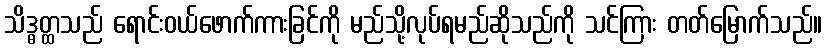
သိဒ္ဓတ္ထသည် ရောင်းဝယ်ဖောက်ကားခြင်ကို မည်သို့လုပ်ရမည်ဆိုသည်ကို သင်ကြား တတ်မြောက်သည်။